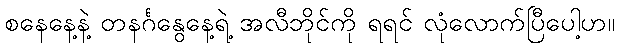
စနေနေ့နဲ့ တနင်္ဂနွေနေ့ရဲ့ အလီဘိုင်ကို ရရင် လုံလောက်ပြီပေါ့ဟ။